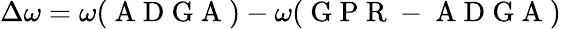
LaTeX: \Delta\omega=\omega(\mathrm{~A~D~G~A~})-\omega(\mathrm{~G~P~R~-~A~D~G~A~})